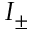
I _ { \pm }